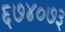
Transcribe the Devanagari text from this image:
६७४०७३